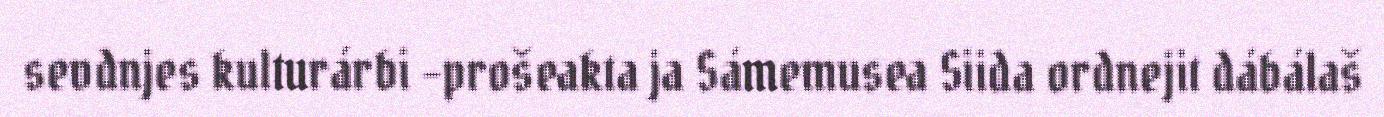
sevdnjes kulturárbi -prošeakta ja Sámemusea Siida ordnejit dábálaš